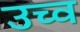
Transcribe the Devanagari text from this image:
उच्व